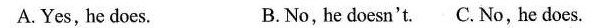
A.Yes, he does. B.No,he doesn't. C.No,he does.